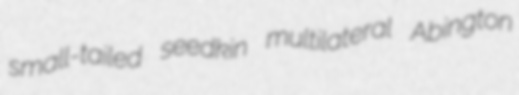
small-tailed seedkin multilateral Abington